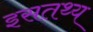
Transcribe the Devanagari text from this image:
इसतथ्य